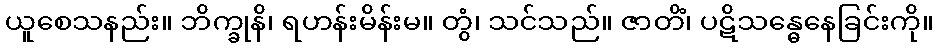
ယူစေသနည်း။ ဘိက္ခုနိ၊ ရဟန်းမိန်းမ။ တွံ၊ သင်သည်။ ဇာတိံ၊ ပဋိသန္ဓေနေခြင်းကို။